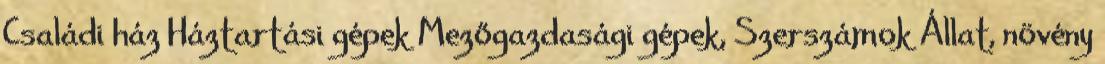
Családi ház Háztartási gépek Mezőgazdasági gépek, Szerszámok Állat, növény